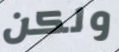
ولكن